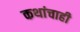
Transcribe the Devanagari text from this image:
कथांचाही